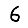
Digit: 6